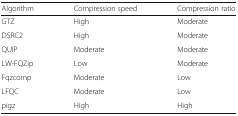
| Algorithm | Compression speed | Compression ratio |
 | --- | --- | --- |
 | GTZ | High | Moderate |
 | DSRC2 | High | Moderate |
 | QUIP | Moderate | Moderate |
 | LW-FQZip | Low | Moderate |
 | Fqzcomp | Moderate | Low |
 | LFQC | Moderate | Low |
 | pigz | High | High |